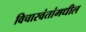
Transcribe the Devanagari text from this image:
विचारवंतांमधील